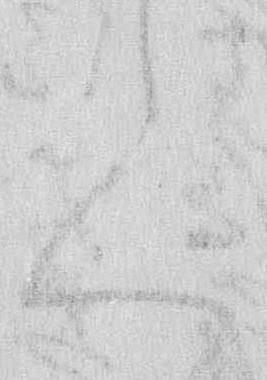
て